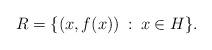
LaTeX: \begin{align*}R=\{(x,f(x))\: :\: x\in H\}.\end{align*}